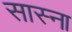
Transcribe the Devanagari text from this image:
सास्ना